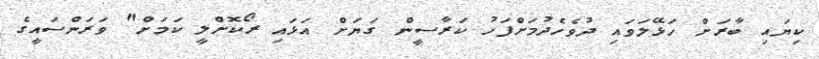
ކިޔައި ބާރަށް ހަޅޭލަވައި ދުވެހެދުމަށްފަހު ކަރާސީން ގަޔަށް އަޅައި ރޯކޮށްލީ ކަމަށް" ވަރަންސައީގެ